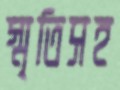
স্মৃতিসহ